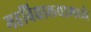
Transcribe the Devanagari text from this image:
महविद्यालयामध्ये